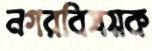
নগরবিষয়ক